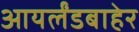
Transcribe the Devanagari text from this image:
आयर्लंडबाहेर